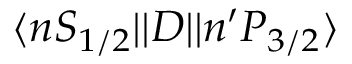
\ensuremath { \langle n S _ { 1 / 2 } | | } D \ensuremath { | | n ^ { \prime } P _ { 3 / 2 } \rangle }